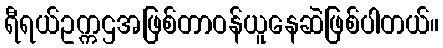
ရီရယ်ဥက္ကဌအဖြစ်တာဝန်ယူနေဆဲဖြစ်ပါတယ်။